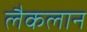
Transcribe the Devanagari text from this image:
लैकलान